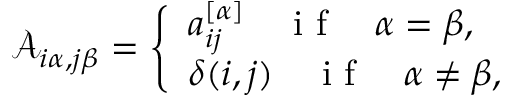
\mathcal { A } _ { i \alpha , j \beta } = \left\{ \begin{array} { l l } { a _ { i j } ^ { [ \alpha ] } \quad \mathrm { ~ i ~ f ~ } \quad \alpha = \beta , } \\ { \delta ( i , j ) \quad \mathrm { ~ i ~ f ~ } \quad \alpha \neq \beta , } \end{array} \right.